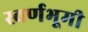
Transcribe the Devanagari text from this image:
स्वर्णभूमी